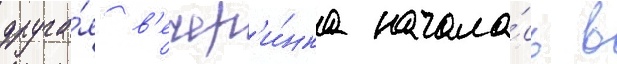
друга́я в'ечер'и́нка начала́сь в